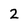
Character: 2